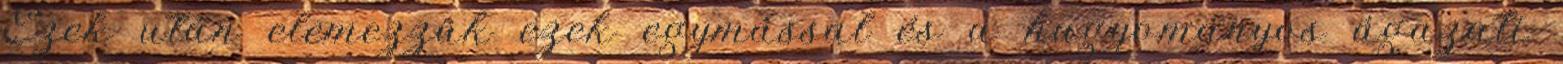
Ezek után elemezzük ezek egymással és a hagyományos ágazati